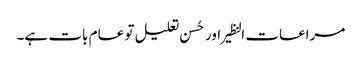
مراعات النظیر اور حُسن تعلیل تو عام بات ہے۔